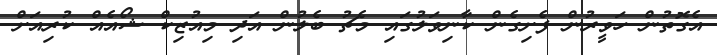
އެގޮތުން ހަވީރުން ފެށިގެން ކާނިވަލުގައި މެޗު ބެލުން އަދި މިއުޒިކް ޝޯއެއް ކުރިއަށް